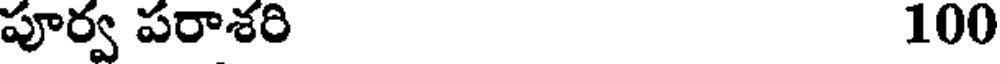
పూర్వ పరాశరి 100